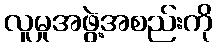
လူမှုအဖွဲ့အစည်းကို